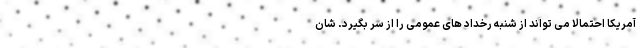
آمریکا احتمالا می تواند از شنبه رخداد های عمومی را از سر بگیرد. شان